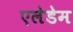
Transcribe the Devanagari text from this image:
एलेडेम